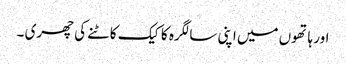
اور ہاتھوں میں اپنی سالگرہ کا کیک کاٹنے کی چھری ۔